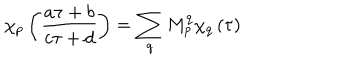
\chi _ { p } \left( \frac { a \tau + b } { c \tau + d } \right) = \sum _ { q } M _ { p } ^ { q } \chi _ { q } \left( \tau \right)